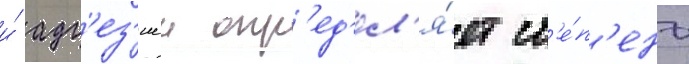
и́ адг'ез'иеи опр'ед'ел'я́ет ст'е́п'ень